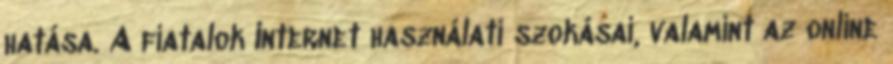
hatása. A fiatalok Internet használati szokásai, valamint az online